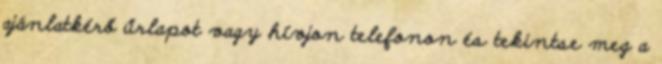
ajánlatkérő űrlapot vagy hívjon telefonon és tekintse meg a